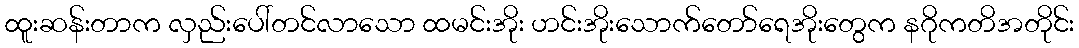
ထူးဆန်းတာက လှည်းပေါ်တင်လာသော ထမင်းအိုး ဟင်းအိုးသောက်တော်ရေအိုးတွေက နဂိုကတိအတိုင်း